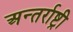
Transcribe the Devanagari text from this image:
अन्तर्राष्ट्री